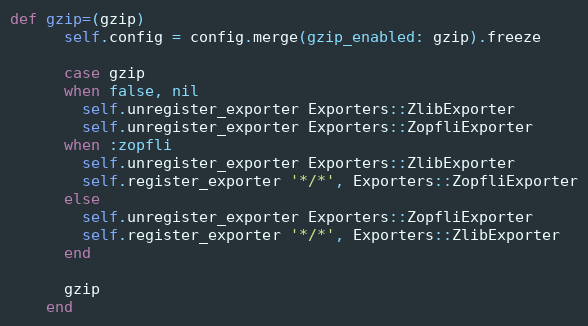
Language: Ruby
def gzip=(gzip)
      self.config = config.merge(gzip_enabled: gzip).freeze

      case gzip
      when false, nil
        self.unregister_exporter Exporters::ZlibExporter
        self.unregister_exporter Exporters::ZopfliExporter
      when :zopfli
        self.unregister_exporter Exporters::ZlibExporter
        self.register_exporter '*/*', Exporters::ZopfliExporter
      else
        self.unregister_exporter Exporters::ZopfliExporter
        self.register_exporter '*/*', Exporters::ZlibExporter
      end

      gzip
    end